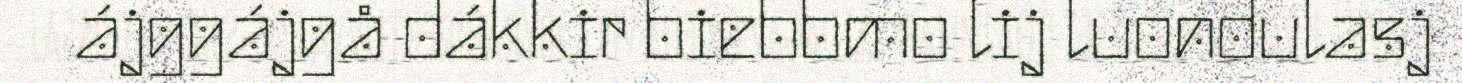
ájggájgå dákkir biebbmo lij luondulasj